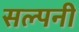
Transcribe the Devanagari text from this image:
सल्पनी